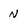
Character: n